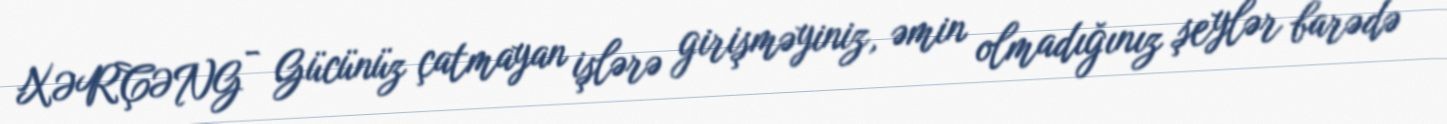
XƏRÇƏNG - Gücünüz çatmayan işlərə girişməyiniz, əmin olmadığınız şeylər barədə